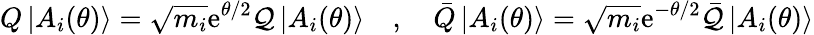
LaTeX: Q\left|A_{i}(\theta)\right\rangle=\sqrt{m_{i}}\mathrm{e}^{\theta/2}\mathcal{Q}\left|A_{i}(\theta)\right\rangle\quad,\quad\bar{Q}\left|A_{i}(\theta)\right\rangle=\sqrt{m_{i}}\mathrm{e}^{-\theta/2}\bar{\mathcal{Q}}\left|A_{i}(\theta)\right\rangle